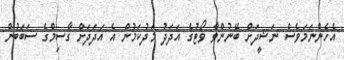
އެހެންނަމަވެސް ނަޝީދަށް ބޭނުންވާ ވޯޓުގެ އަދަދު މަދުކަމުން އެ އަދަދަށް ގާސިމްގެ ސަބަބުން